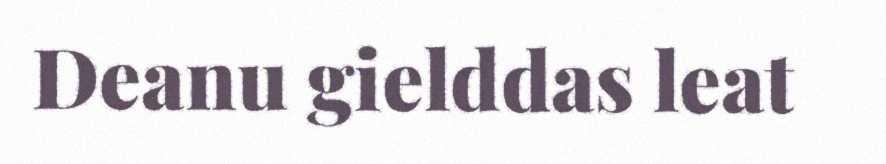
Deanu gielddas leat